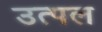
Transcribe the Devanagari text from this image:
उत्‍पल